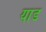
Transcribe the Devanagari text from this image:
याड